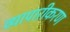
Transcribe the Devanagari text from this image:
व्‍यापारीकरण